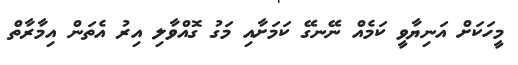
މީހަކަށް އަނިޔާވީ ކަމެއް ނޭނގޭ ކަމަށާއި މަގު ގޮއްވާލި އިރު އެތަން އިމާރާތް